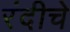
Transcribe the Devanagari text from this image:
रंदीचे